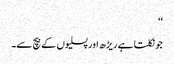
‘‘
جو نکلتا ہے ریڑھ اور پسلیوں کے بیچ سے۔